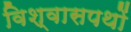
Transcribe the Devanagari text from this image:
विश्वासपथों